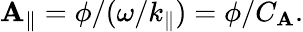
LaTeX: \mathbf{A}_{\| }=\phi/(\omega/k_{\| })=\phi/C_{\mathbf{A}}.